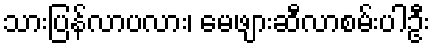
သားပြန်လာပလား၊ မေဖျားဆီလာစမ်းပါဦး